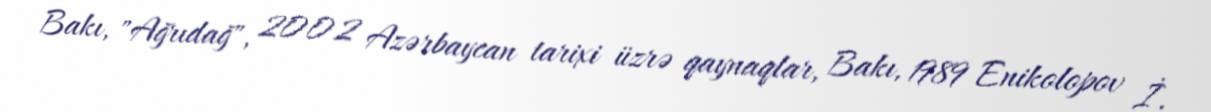
Bakı, "Ağrıdağ", 2002 Azərbaycan tarixi üzrə qaynaqlar, Bakı, 1989 Enikolopov İ.